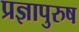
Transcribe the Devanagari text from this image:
प्रज्ञापुरुष